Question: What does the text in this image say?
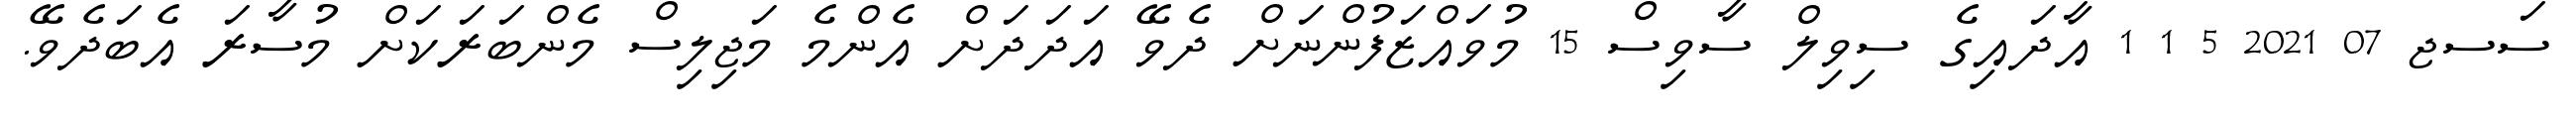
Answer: ސަސޖ 07 2021 5 1 1 އާދައިގެ ސިވިލް ސާވިސް 15 މުވައްޒަފުންނަށް ދެވޭ އަދަދަށް އެންމެ މަޖިލިސް މެންބަރަކަށް މުސާރަ އެބަދެވޭ.